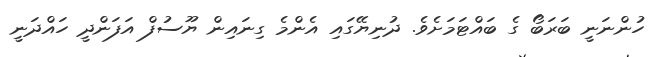
ހުންނަނީ ބަރަބޯ ގެ ބައްޓަމަށެވެ. ދުނިޔޭގައި އެންމެ ގިނައިން ޔޫސުފް އަފަންދީ ހައްދަނީ